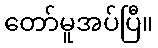
တော်မူအပ်ပြီ။